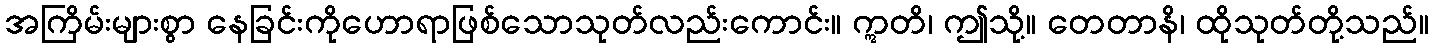
အကြိမ်းများစွာ နေခြင်းကိုဟောရာဖြစ်သောသုတ်လည်းကောင်း။ ဣတိ၊ ဤသို့။ တေတာနိ၊ ထိုသုတ်တို့သည်။